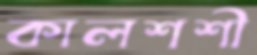
কালশশী